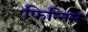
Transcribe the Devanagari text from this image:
फिन्निस